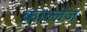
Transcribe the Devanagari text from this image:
काल्लेज